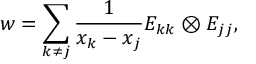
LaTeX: w = \sum _ { k \neq j } \frac { 1 } { x _ { k } - x _ { j } } E _ { k k } \otimes E _ { j j } ,